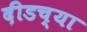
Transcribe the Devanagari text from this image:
दीडच्या